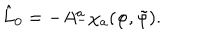
\hat { L } _ { 0 } = - A _ { - } ^ { a } \chi _ { a } ( \varphi , \tilde { \varphi } ) .